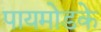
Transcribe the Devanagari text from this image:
पायमोडके